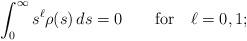
LaTeX: \begin{align*}\int_0^\infty s^\ell \rho(s)\, ds = 0 \qquad\hbox{for}\quad \ell = 0, 1; \end{align*}